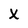
Character: X